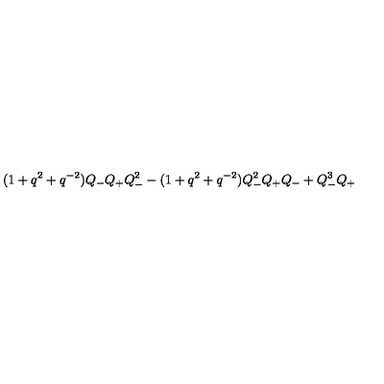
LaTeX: ( 1 + q ^ { 2 } + q ^ { - 2 } ) Q _ { - } Q _ { + } Q _ { - } ^ { 2 } - ( 1 + q ^ { 2 } + q ^ { - 2 } ) Q _ { - } ^ { 2 } Q _ { + } Q _ { - } + Q _ { - } ^ { 3 } Q _ { + }